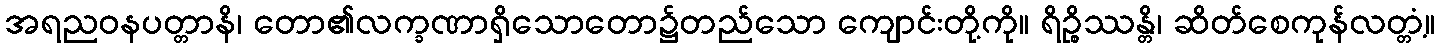
အရညဝနပတ္တာနိ၊ တော၏လက္ခဏာရှိသောတော၌တည်သော ကျောင်းတို့ကို။ ရိဉ္စိဿန္တိ၊ ဆိတ်စေကုန်လတ္တံ့။